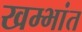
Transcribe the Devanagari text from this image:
खम्भांत